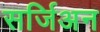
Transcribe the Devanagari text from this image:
सर्जिअन